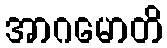
အာဂမောတိ